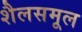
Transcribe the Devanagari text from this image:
शैलसमूल